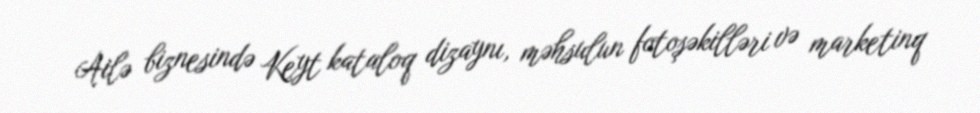
Ailə biznesində Keyt kataloq dizaynı, məhsulun fotoşəkilləri və marketinq